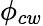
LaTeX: \phi_{cw}